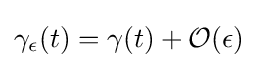
\gamma _{\epsilon }(t)=\gamma (t)+{\mathcal {O}}(\epsilon )